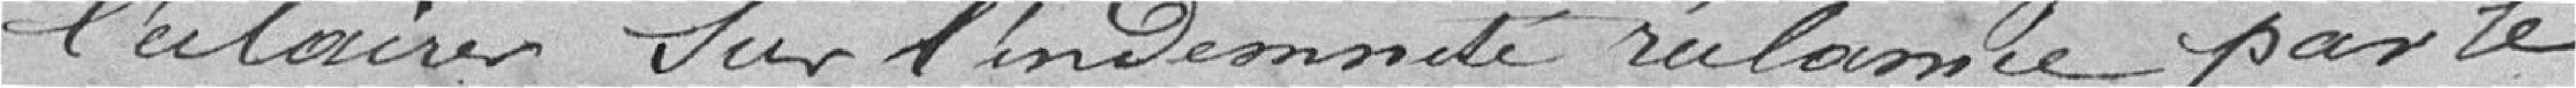
l'éclairer sur l'indemnité réclamée par le